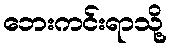
ဘေးကင်းရာသို့